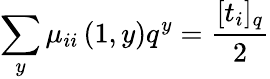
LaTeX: \sum_{y}\mu_{ii}\left(1,y\right)q^{y}=\frac{[t_{i}]_{q}}{2}